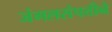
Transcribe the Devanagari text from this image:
जंगलसंपत्तीने